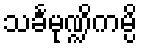
သင်္ခမုဏ္ဍိကမ္ပိ